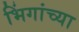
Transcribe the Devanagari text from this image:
भिंगांच्या